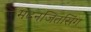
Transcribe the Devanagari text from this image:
मदनजितसिंग